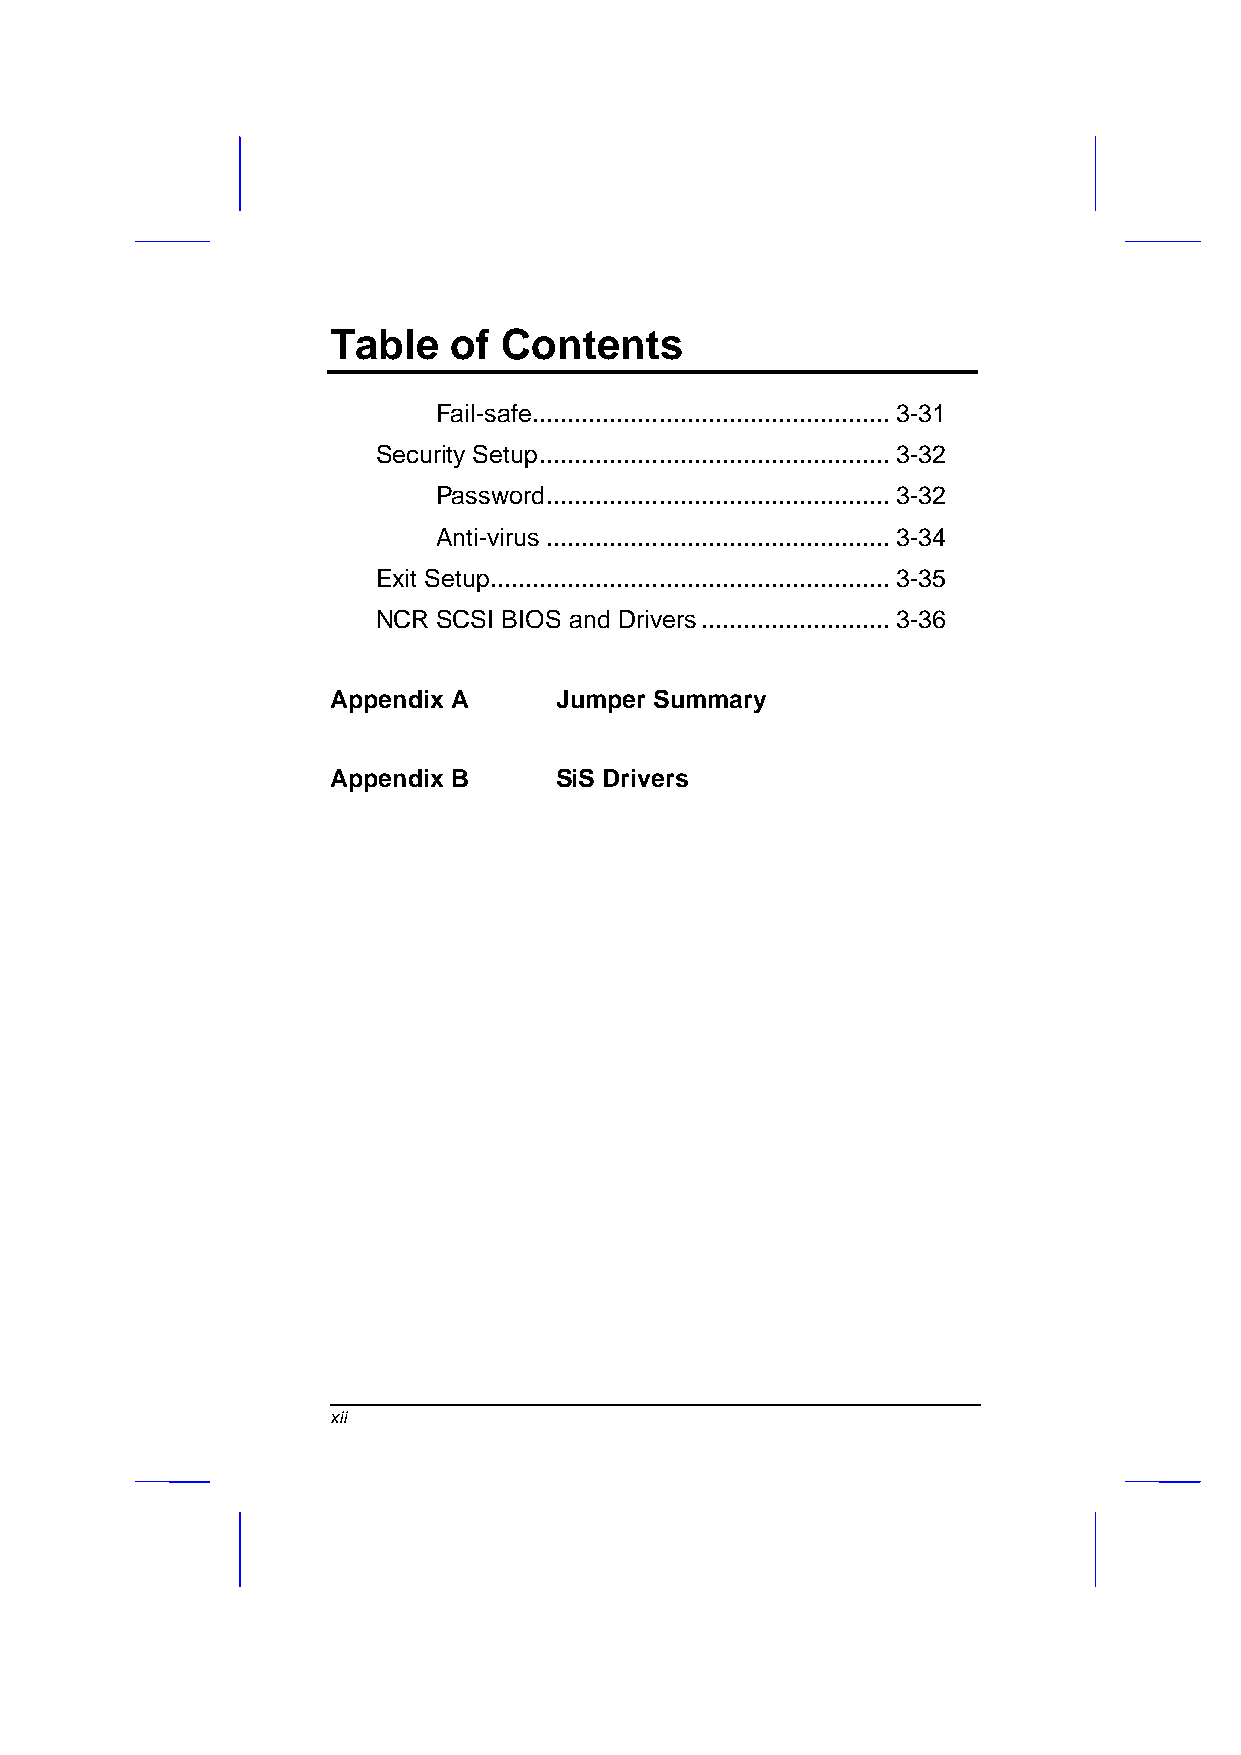
Table   of Contents
 Fail-safe ................................................... 3-31
 Security Setup .................................................. 3-32
 Password ................................................. 3-32
 Anti-virus ................................................. 3-34
 Exit Setup ......................................................... 3-35
 NCR SCSI BIOS and Drivers ........................... 3-36
 Appendix A     Jumper Summary
 Appendix B     SiS Drivers
 xii